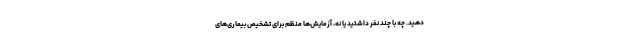
دهید. چه با چند نفر داشتید یا نه، آزمایش‌ها منظم برای تشخیص بیماری‌های